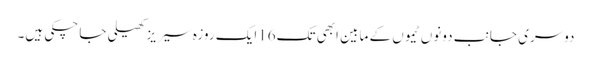
دوسری جانب دونوں ٹیموں کے مابین ابھی تک16ایک روزہ سیر یز کھیلی جا چکی ہیں۔